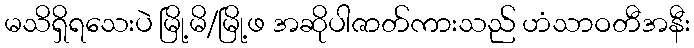
မသိရှိရသေးပဲ မြို့မိ/မြို့ဖ အဆိုပါဇာတ်ကားသည် ဟံသာဝတီအနီး